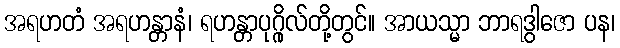
အရဟတံ အရဟန္တာနံ၊ ရဟန္တာပုဂ္ဂိုလ်တို့တွင်။ အာယသ္မာ ဘာရဒွါဇော ပန၊